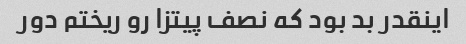
اینقدر بد بود که نصف پیتزا رو ریختم دور